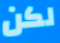
لكن